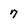
Character: 7